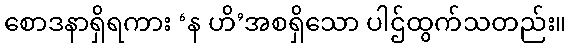
စောဒနာရှိရကား ‘န ဟိ’အစရှိသော ပါဌ်ထွက်သတည်း။